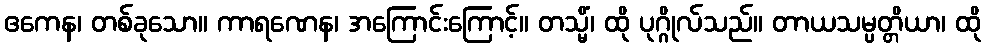
ဧကေန၊ တစ်ခုသော။ ကာရဏေန၊ အကြောင်းကြောင့်။ တသ္မိံ၊ ထို ပုဂ္ဂိုလ်သည်။ တာယသမ္ပတ္တိယာ၊ ထို